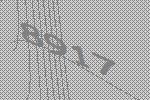
8917